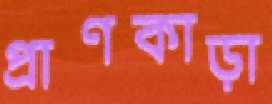
প্রাণকাড়া